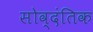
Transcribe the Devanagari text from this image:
सोव्दंतिक